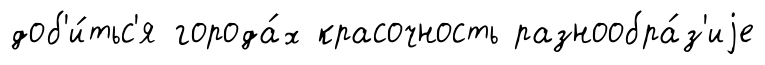
доб'и́тьс'я города́х красочность разнообра́з'иjе